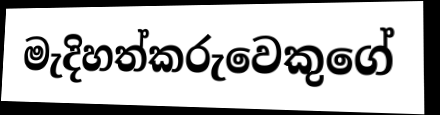
මැදිහත්කරුවෙකුගේ